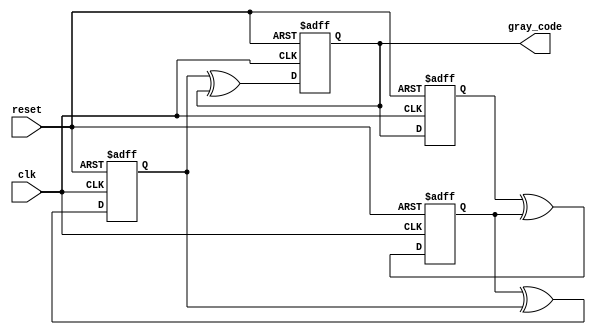
module johnson_gray_counter(
    input clk,
    input reset,
    output reg [3:0] gray_code
);

reg [3:0] q0, q1, q2, q3;
always @(posedge clk or posedge reset) begin
    if (reset) begin
        q0 <= 4'b0000;
        q1 <= 4'b0001;
        q2 <= 4'b0011;
        q3 <= 4'b0010;
    end else begin
        q0 <= q3;
        q1 <= q0 ^ q1;
        q2 <= q1 ^ q2;
        q3 <= q2 ^ q3;
    end
end

assign gray_code = q3;

endmodule